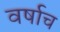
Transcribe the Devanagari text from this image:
वर्षाच